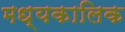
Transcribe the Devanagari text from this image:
मध्यकालिक